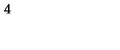
4